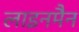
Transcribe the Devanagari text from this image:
लाइनमैन